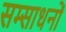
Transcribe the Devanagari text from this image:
सम्साधनों